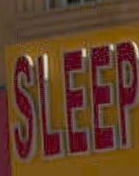
STED